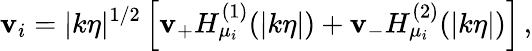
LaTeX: \mathbf{v}_{i}=|k\eta|^{1/2}\left[\mathbf{v}_{+}H_{\mu_{i}}^{(1)}(|k\eta|)+\mathbf{v}_{-}H_{\mu_{i}}^{(2)}(|k\eta|)\right]\, ,